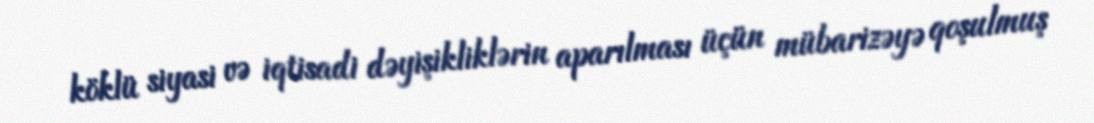
köklü siyasi və iqtisadi dəyişikliklərin aparılması üçün mübarizəyə qoşulmuş